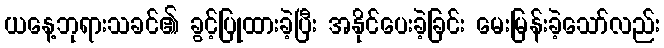
ယနေ့ဘုရားသခင်၏ ခွင့်ပြုထားခဲ့ပြီး အနိုင်ပေးခဲ့ခြင်း မေးမြန်းခဲ့သော်လည်း